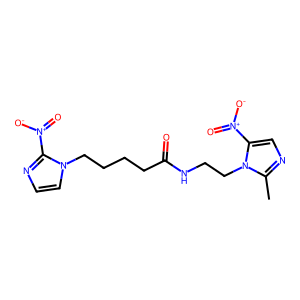
SMILES: Cc1ncc([N+](=O)[O-])n1CCNC(=O)CCCCn1ccnc1[N+](=O)[O-]
Inhibits HIV replication: No